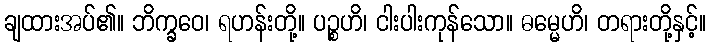
ချထားအပ်၏။ ဘိက္ခဝေ၊ ရဟန်းတို့။ ပဉ္စဟိ၊ ငါးပါးကုန်သော။ ဓမ္မေဟိ၊ တရားတို့နှင့်။